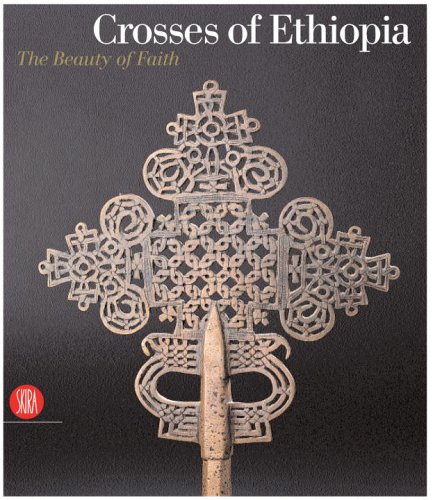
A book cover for Crosses of Ethiopia: The Sign of Faith. Evolution and Form; Mario Di Salvo; Arts & Photography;